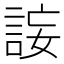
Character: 𧧄